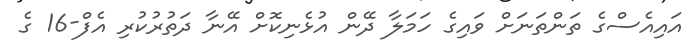
އައިއެސްގެ ތަންތަނަށް ވައިގެ ހަމަލާ ދޭން އުޅެނިކޮށް އޭނާ ދަތުރުކުރި އެފް-16 ގެ